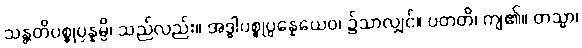
သန္တတိပစ္စုပ္ပန္နမ္ပိ၊ သည်လည်း။ အဒ္ဓါပစ္စုပ္ပန္နေယေဝ၊ ၌သာလျှင်။ ပတတိ၊ ကျ၏။ တသ္မာ၊